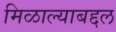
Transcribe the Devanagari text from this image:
मिळाल्याबद्दल